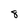
Character: 8